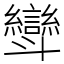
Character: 㪻